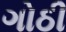
ગોઠી